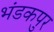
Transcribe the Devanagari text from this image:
भंडकपुर